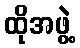
ထိုအဖွဲ့